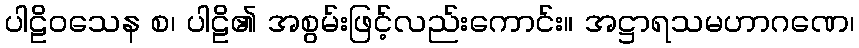
ပါဠိဝသေန စ၊ ပါဠိ၏ အစွမ်းဖြင့်လည်းကောင်း။ အဋ္ဌာရသမဟာဂဏေ၊